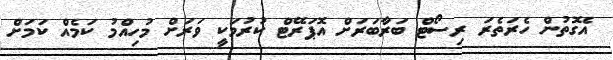
އެގޮތުން ހެރަތެރަ ރިސޯޓް ބަރާބަރަށް އޮޕަރޭޓް ކުރުމަކީ ވަރަށް މުހިއްމު ކަމެއް ކަމަށް